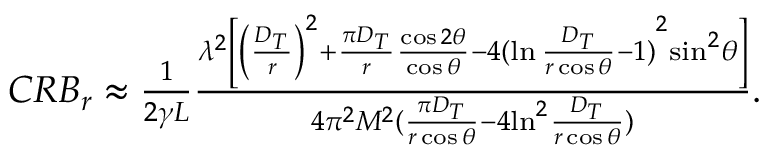
\begin{array} { r l } & { C R { B _ { r } } \approx \frac { 1 } { { 2 \gamma L } } \frac { { { \lambda ^ { 2 } } \left[ { { { \left( { \frac { { { D _ { T } } } } { r } } \right) } ^ { 2 } } + \frac { \pi { { D _ { T } } } } { r } \frac { { \cos 2 \theta } } { { \cos \theta } } - 4 { { ( { \ln \frac { { { D _ { T } } } } { { r \cos \theta } } - 1 } ) } ^ { 2 } } } { { \sin } ^ { 2 } } \theta \right] } } { { 4 { \pi ^ { 2 } } M ^ { 2 } ( { \frac { { \pi { D _ { T } } } } { { r \cos \theta } } - 4 { { \ln } ^ { 2 } } \frac { { { D _ { T } } } } { { r \cos \theta } } } ) } } . } \end{array}